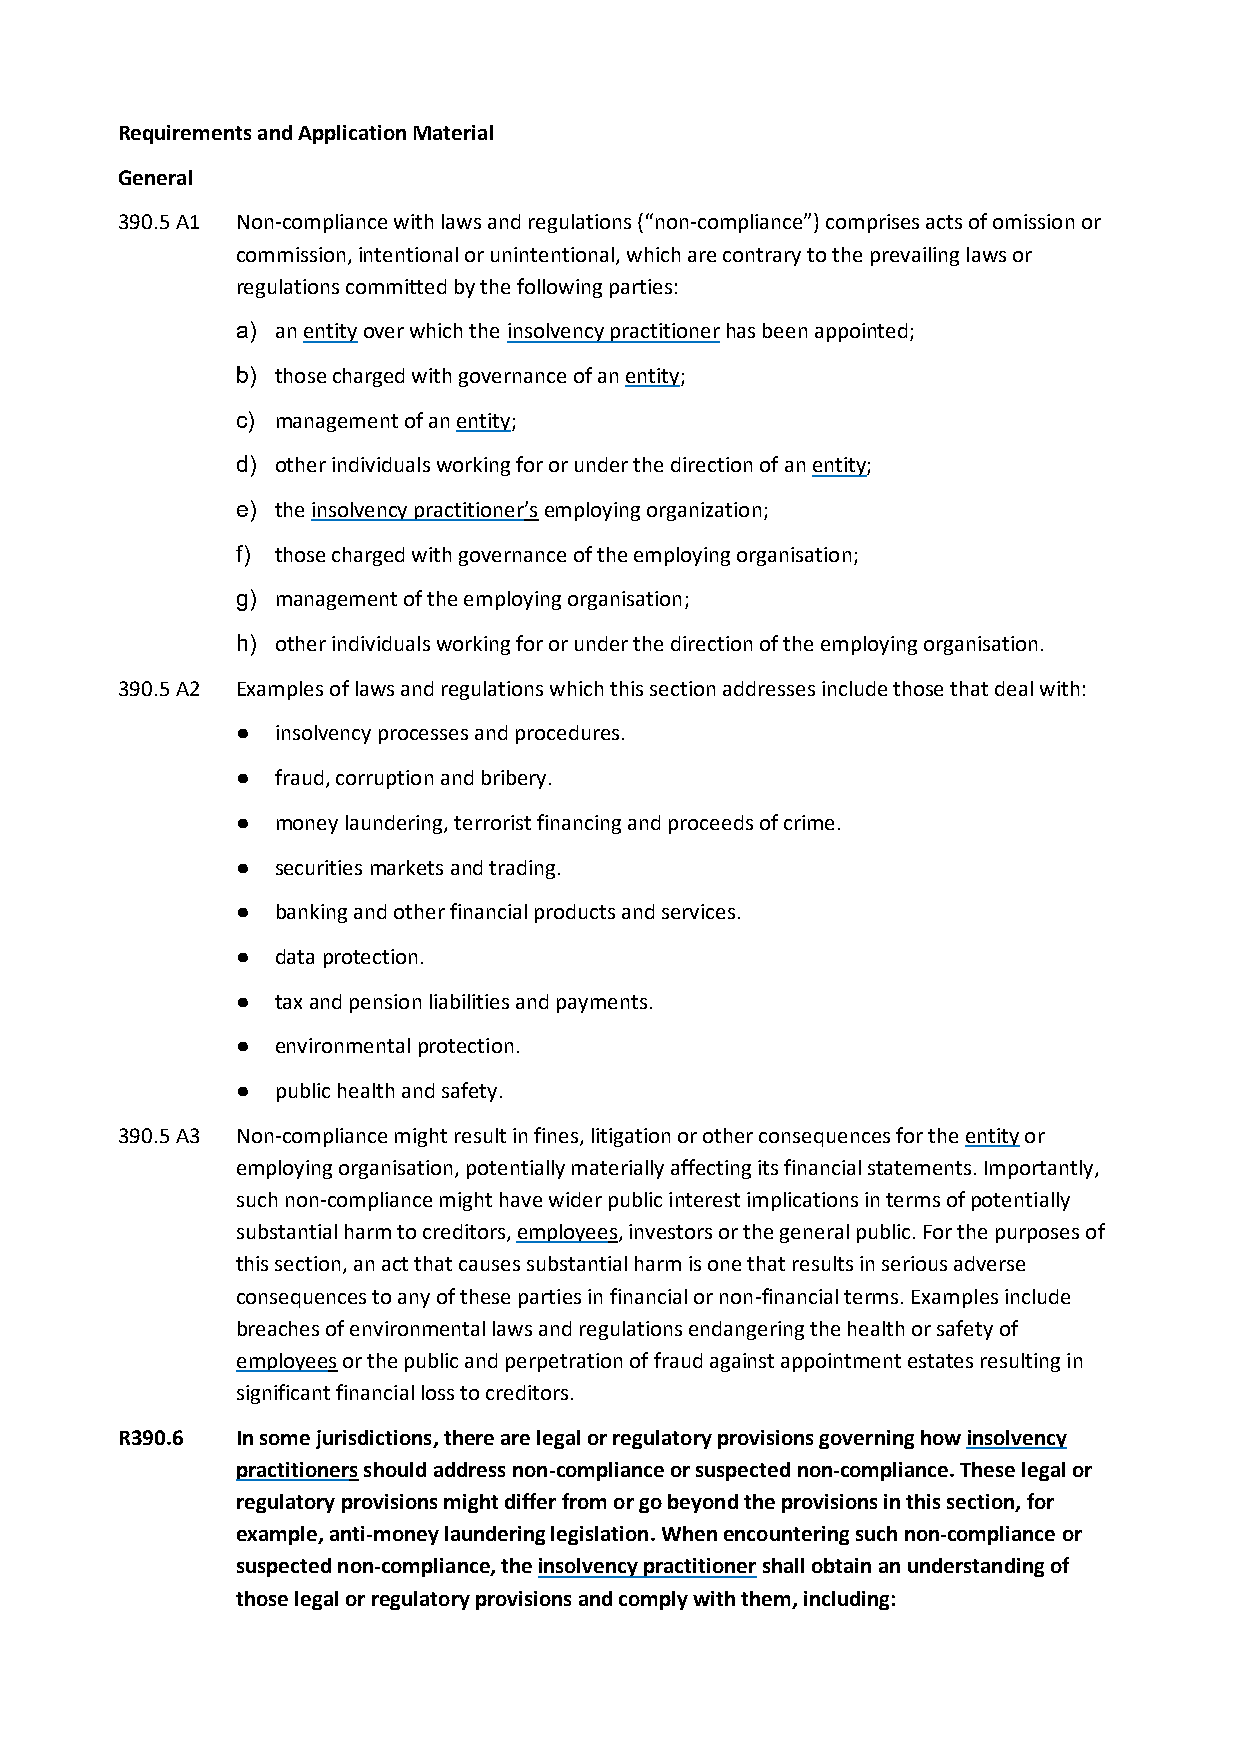
Requirements and Application Material
 General
 390.5 A1 Non-compliance with laws and regulations (“non-compliance”) comprises acts of omission or
 commission, intentional or unintentional, which are contrary to the prevailing laws or
 regulations committed by the following parties:
 a) an entity over which the insolvency practitioner has been appointed;
 b) those charged with governance of an entity;
 c) management of an entity;
 d) other individuals working for or under the direction of an entity;
 e) the insolvency practitioner’s employing organization;
 f) those charged with governance of the employing organisation;
 g) management of the employing organisation;
 h) other individuals working for or under the direction of the employing organisation.
 390.5 A2 Examples of laws and regulations which this section addresses include those that deal with:
 ● insolvency processes and procedures.
 ● fraud, corruption and bribery.
 ● money laundering, terrorist financing and proceeds of crime.
 ● securities markets and trading.
 ● banking and other financial products and services.
 ● data protection.
 ● tax and pension liabilities and payments.
 ● environmental protection.
 ● public health and safety.
 390.5 A3 Non-compliance might result in fines, litigation or other consequences for the entity or
 employing organisation, potentially materially affecting its financial statements. Importantly,
 such non-compliance might have wider public interest implications in terms of potentially
 substantial harm to creditors, employees, investors or the general public. For the purposes of
 this section, an act that causes substantial harm is one that results in serious adverse
 consequences to any of these parties in financial or non-financial terms. Examples include
 breaches of environmental laws and regulations endangering the health or safety of
 employees or the public and perpetration of fraud against appointment estates resulting in
 significant financial loss to creditors.
 R390.6  In some jurisdictions, there are legal or regulatory provisions governing how insolvency
 practitioners should address non-compliance or suspected non-compliance. These legal or
 regulatory provisions might differ from or go beyond the provisions in this section, for
 example, anti-money laundering legislation. When encountering such non-compliance or
 suspected non-compliance, the insolvency practitioner shall obtain an understanding of
 those legal or regulatory provisions and comply with them, including: